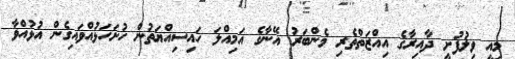
މިއީ ވިލުފުށީ ދާއިރާގެ އިއްޒަތްތެރި މެންބަރު އޭނާގެ އަމިއްލަ ހައިސިއްޔަތުން ހުށަހަޅުއްވައިގެން އުޅުއްވާ